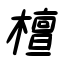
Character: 檀